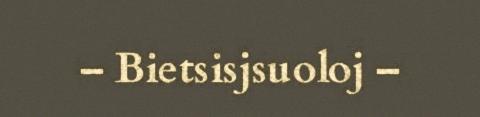
– Bietsisjsuoloj –